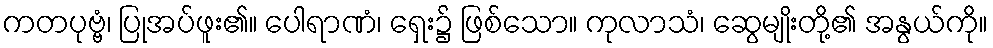
ကတပုဗ္ဗံ၊ ပြုအပ်ဖူး၏။ ပေါရာဏံ၊ ရှေး၌ ဖြစ်သော။ ကုလာသံ၊ ဆွေမျိုးတို့၏ အနွယ်ကို။